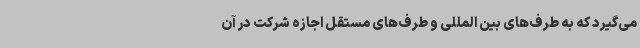
می‌گیرد که به طرف‌های بین المللی و طرف‌های مستقل اجازه شرکت در آن